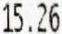
15.26